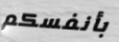
بأنفسكم